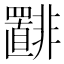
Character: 𫕾